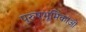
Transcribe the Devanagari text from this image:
पुरुषभूमिकाओं